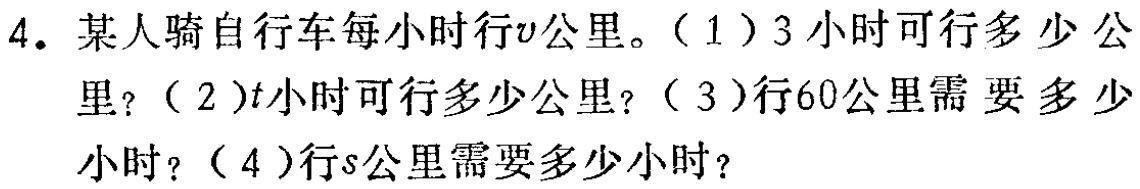
4. 某人骑自行车每小时行\(v\)公里。（1）3小时可行多少公里？（2）\(t\)小时可行多少公里？（3）行60公里需要多少小时？（4）行\(s\)公里需要多少小时？